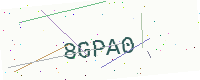
Text: 8GPA0